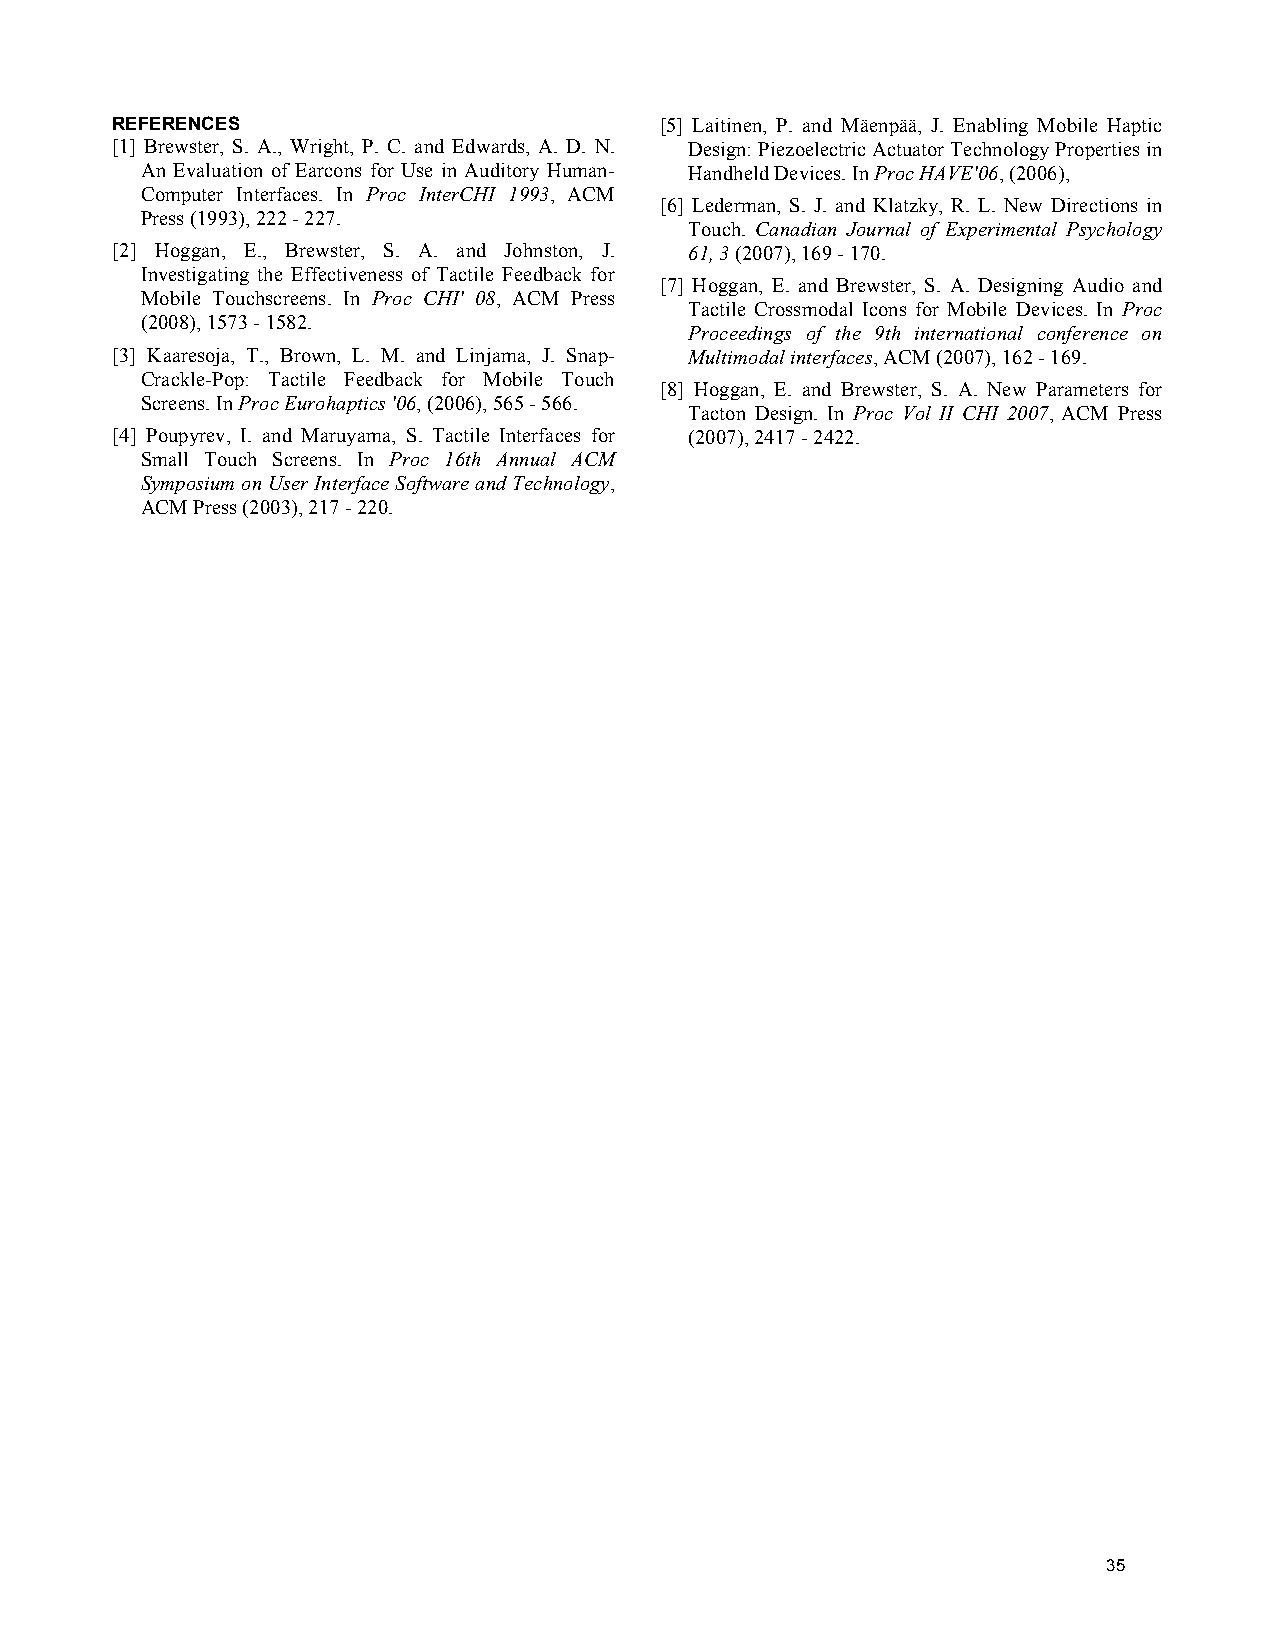
REFERENCES                           [5] Laitinen, P. and Mäenpää, J. Enabling Mobile Haptic
 [1] Brewster, S. A., Wright, P. C. and Edwards, A. D. N. Design: Piezoelectric Actuator Technology Properties in
 An Evaluation of Earcons for Use in Auditory Human- Handheld Devices. In Proc HAVE'06, (2006),
 Computer Interfaces. In Proc InterCHI 1993, ACM
 [6] Lederman, S. J. and Klatzky, R. L. New Directions in
 Press (1993), 222 - 227.
 Touch. Canadian Journal of Experimental Psychology
 [2] Hoggan, E., Brewster, S. A. and Johnston, J. 61, 3 (2007), 169 - 170.
 Investigating the Effectiveness of Tactile Feedback for
 [7] Hoggan, E. and Brewster, S. A. Designing Audio and
 Mobile Touchscreens. In Proc CHI' 08, ACM Press
 Tactile Crossmodal Icons for Mobile Devices. In Proc
 (2008), 1573 - 1582.
 Proceedings of the 9th international conference on
 [3] Kaaresoja, T., Brown, L. M. and Linjama, J. Snap- Multimodal interfaces, ACM (2007), 162 - 169.
 Crackle-Pop: Tactile Feedback for Mobile Touch
 [8] Hoggan, E. and Brewster, S. A. New Parameters for
 Screens. In Proc Eurohaptics '06, (2006), 565 - 566.
 Tacton Design. In Proc Vol II CHI 2007, ACM Press
 [4] Poupyrev, I. and Maruyama, S. Tactile Interfaces for (2007), 2417 - 2422.
 Small Touch Screens. In Proc 16th Annual ACM
 Symposium on User Interface Software and Technology,
 ACM Press (2003), 217 - 220.
 3
 35